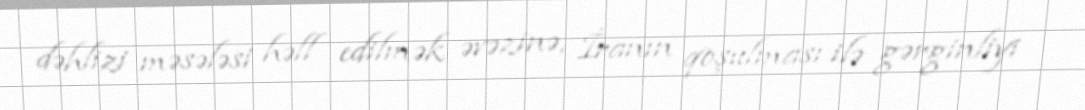
dəhlizi məsələsi həll edilmək əvəzinə, İranın qoşulması ilə gərginliyi